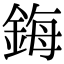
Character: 鋂